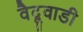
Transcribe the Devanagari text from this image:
वैदूवाडी